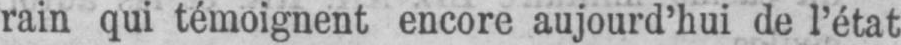
rain qui témoignent encore aujourd’hui de l’état